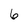
Character: 6